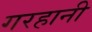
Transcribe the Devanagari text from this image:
गरहानी